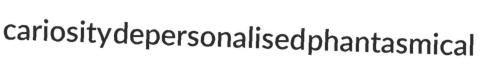
cariosity depersonalised phantasmical